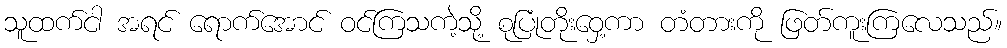
သူထက်ငါ အရင် ရောက်အောင် ဝင်ကြသကဲ့သို့ စုပြုံတိုးဝှေ့ကာ တံတားကို ဖြတ်ကူးကြလေသည်။